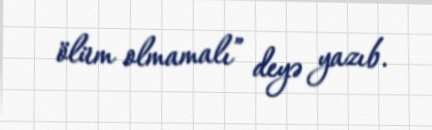
ölüm olmamalı” deyə yazıb.